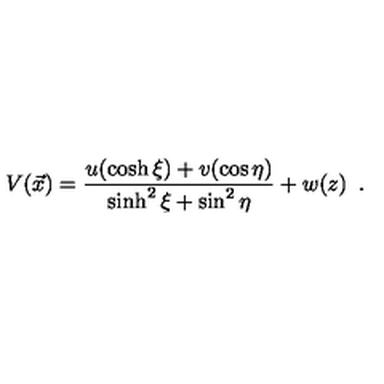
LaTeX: V ( \vec { x } ) = { \frac { u ( \cosh \xi ) + v ( \cos \eta ) } { \sinh ^ { 2 } \xi + \sin ^ { 2 } \eta } } + w ( z ) \enspace .